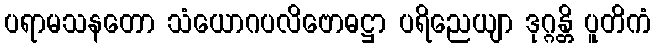
ပရာမသနတော သံယောဂပလိဗောဓဋ္ဌာ ပရိညေယျာ ဒုဂ္ဂန္တိ ပူတိကံ